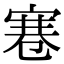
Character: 寋